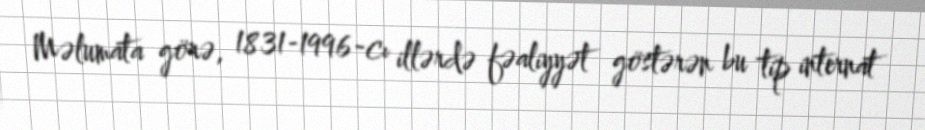
Məlumata görə, 1831-1996-cı illərdə fəaliyyət göstərən bu tip internat